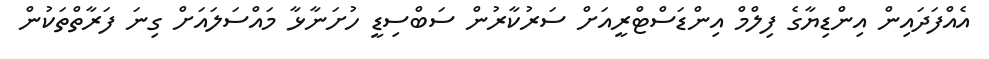
އެއްފަދައިން އިންޑިޔާގެ ފިލްމް އިންޑަސްޓްރީއަށް ސަރުކާރުން ސަބްސިޑީ ހުށަނާޅާ މައްސަލައަށް ގިނަ ފަރާތްތަކުން